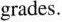
grades.